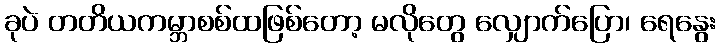
ခုပဲ တတိယကမ္ဘာစစ်ထဖြစ်တော့ မလိုတွေ လျှောက်ပြော၊ ရေနွေး